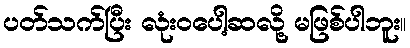
ပတ်သက်ပြီး လုံးဝပေါ့ဆလို့ မဖြစ်ပါဘူး။